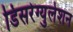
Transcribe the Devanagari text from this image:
डिसरेग्युलेशन